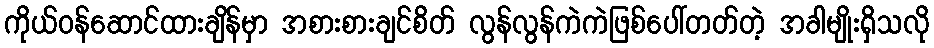
ကိုယ်ဝန်ဆောင်ထားချိန်မှာ အစားစားချင်စိတ် လွန်လွန်ကဲကဲဖြစ်ပေါ်တတ်တဲ့ အခါမျိုးရှိသလို